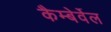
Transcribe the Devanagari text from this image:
कैम्बेर्वेल